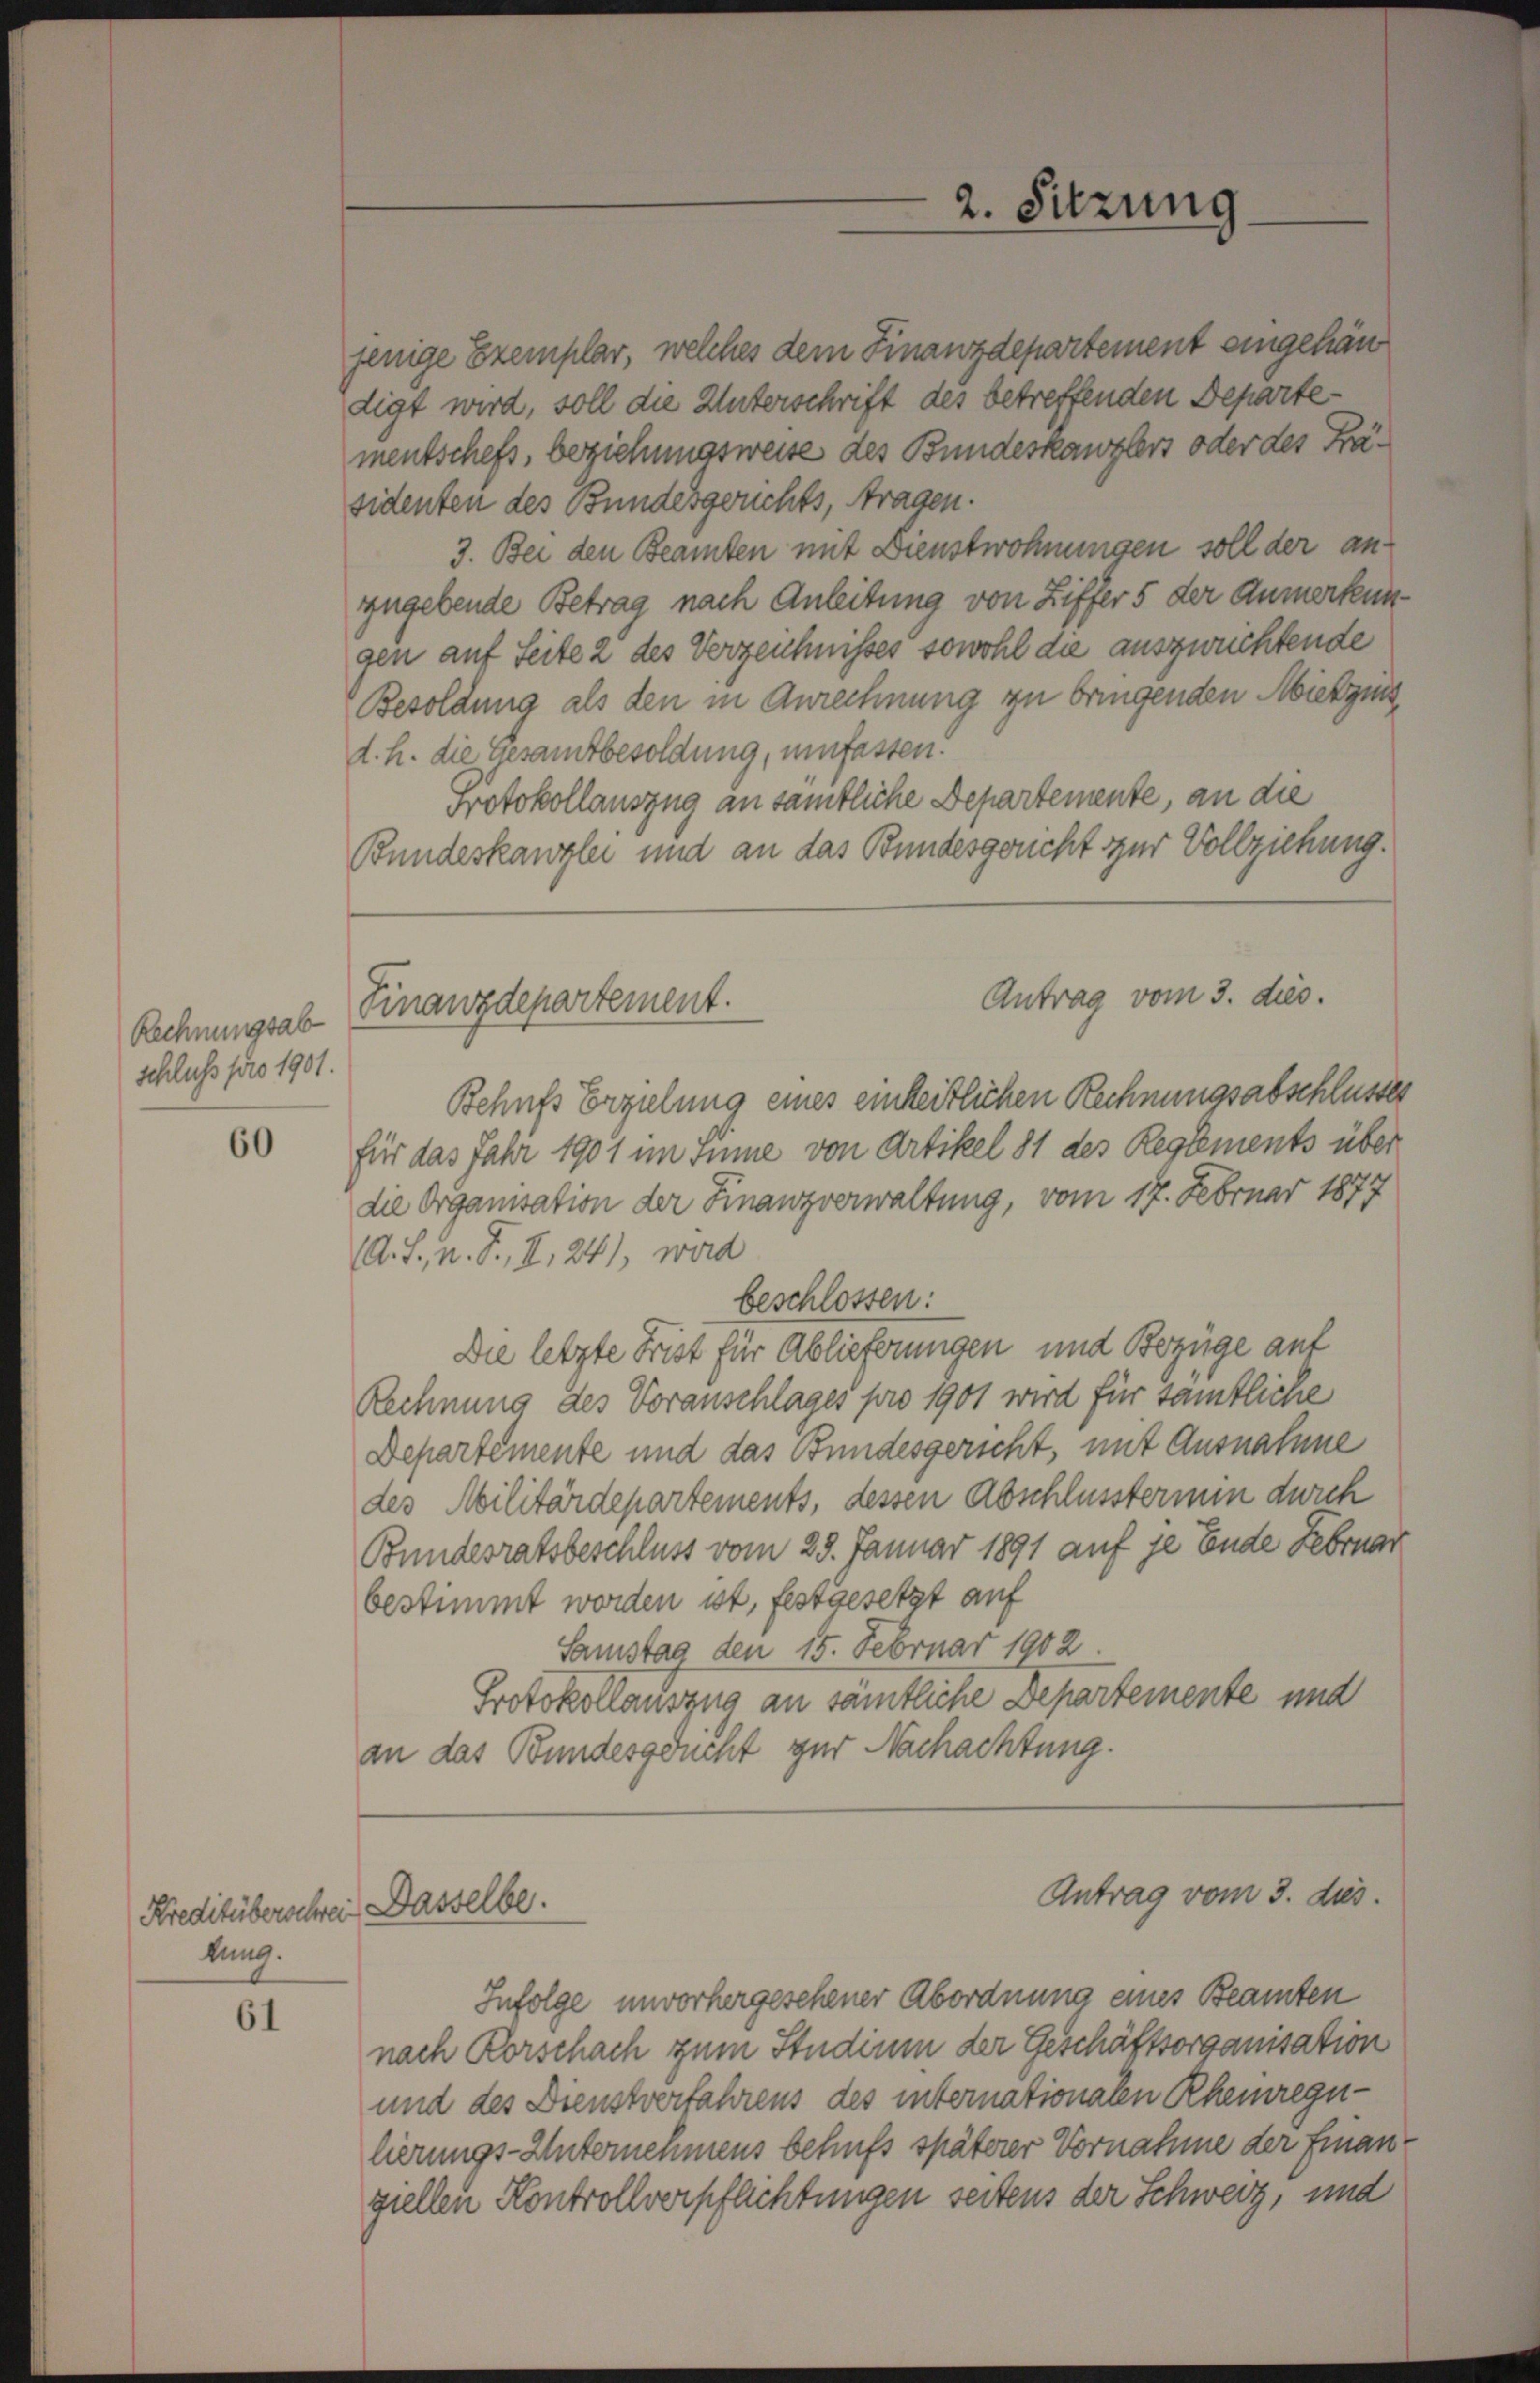
Rechnungsab
schluß pro 1901.

60

Kreditüberschrei
lung.

61

Finanzdepartement.

d. h. die Gesamtbesoldung, umfassen.
Protokollauszug an sämtliche Departemente, an die
Bundeskanzlei und an das Bundesgericht zur Vollziehung.
Behufs Erzielung eines einheitlichen Rechnungsabschlusses
für das Jahr 1901 im Inne von Artikel 81 des Reglements über
die Organisation der Finanzverwaltung, vom 17. Februar 1877
A. J., n. F., I, 241, wird
beschlossen:
Die letzte Frist für Ablieferungen und Bezüge auf
Rechnung des Voranschlages pro 1901 wird für sämtliche
Departemente und das Bundesgericht, mit Ausnahme
des Militärdepartements, dessen Abschlusstermin durch
Bundesratsbeschluss vom 25. Januar 1891 auf je Ende Februar
bestimmt worden ist, festgesetzt auf
Samstag den 15. Februar 1902
Protokollauszug an sämtliche Departemente und
an das Bundesgeucht zur Nachachtung.
Antrag vom 3. dies

Dasselbe.

jenige Exemplar, welches dem Finanzdepartement eingehän
digt wird, soll die Unterschrift des betreffenden Departementschefs, beziehungsweise des Bundeskanzlers oder des Präsidenten des Bundesgerichts, Fragen.
3. Bei den Beamten mit Dienstwohnungen soll der anzugebende Betrag nach Anleitung von Ziffer 5 der Anmerkungen auf Seite 2 des Verzeichnisses sowohl die auszurichtende
Besoldung als den in Anrechnung zu bringenden Mietzins

2. Sitzung

Antrag vom 3. dies.

Infolge unvorhergesehener Abordnung eines Beamten
nach Rorschach zum Studium der Geschäftsorganisation
und des Dienstverfahrens des internationalen Rheinregulierungs-Unternehmens behufs späterer Vornahme der Finangiellen Kontrollverpflichtungen seitens der Schweiz, und